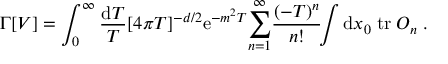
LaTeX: \Gamma [ V ] = \int _ { 0 } ^ { \infty } { \frac { \mathrm { d } T } { T } } [ 4 \pi T ] ^ { - d / 2 } \mathrm { e } ^ { - m ^ { 2 } T } { \sum _ { n = 1 } ^ { \infty } } { \frac { ( - T ) ^ { n } } { n ! } } \! \! \int \mathrm { d } x _ { 0 } \; \mathrm { t r } \; O _ { n } \; .